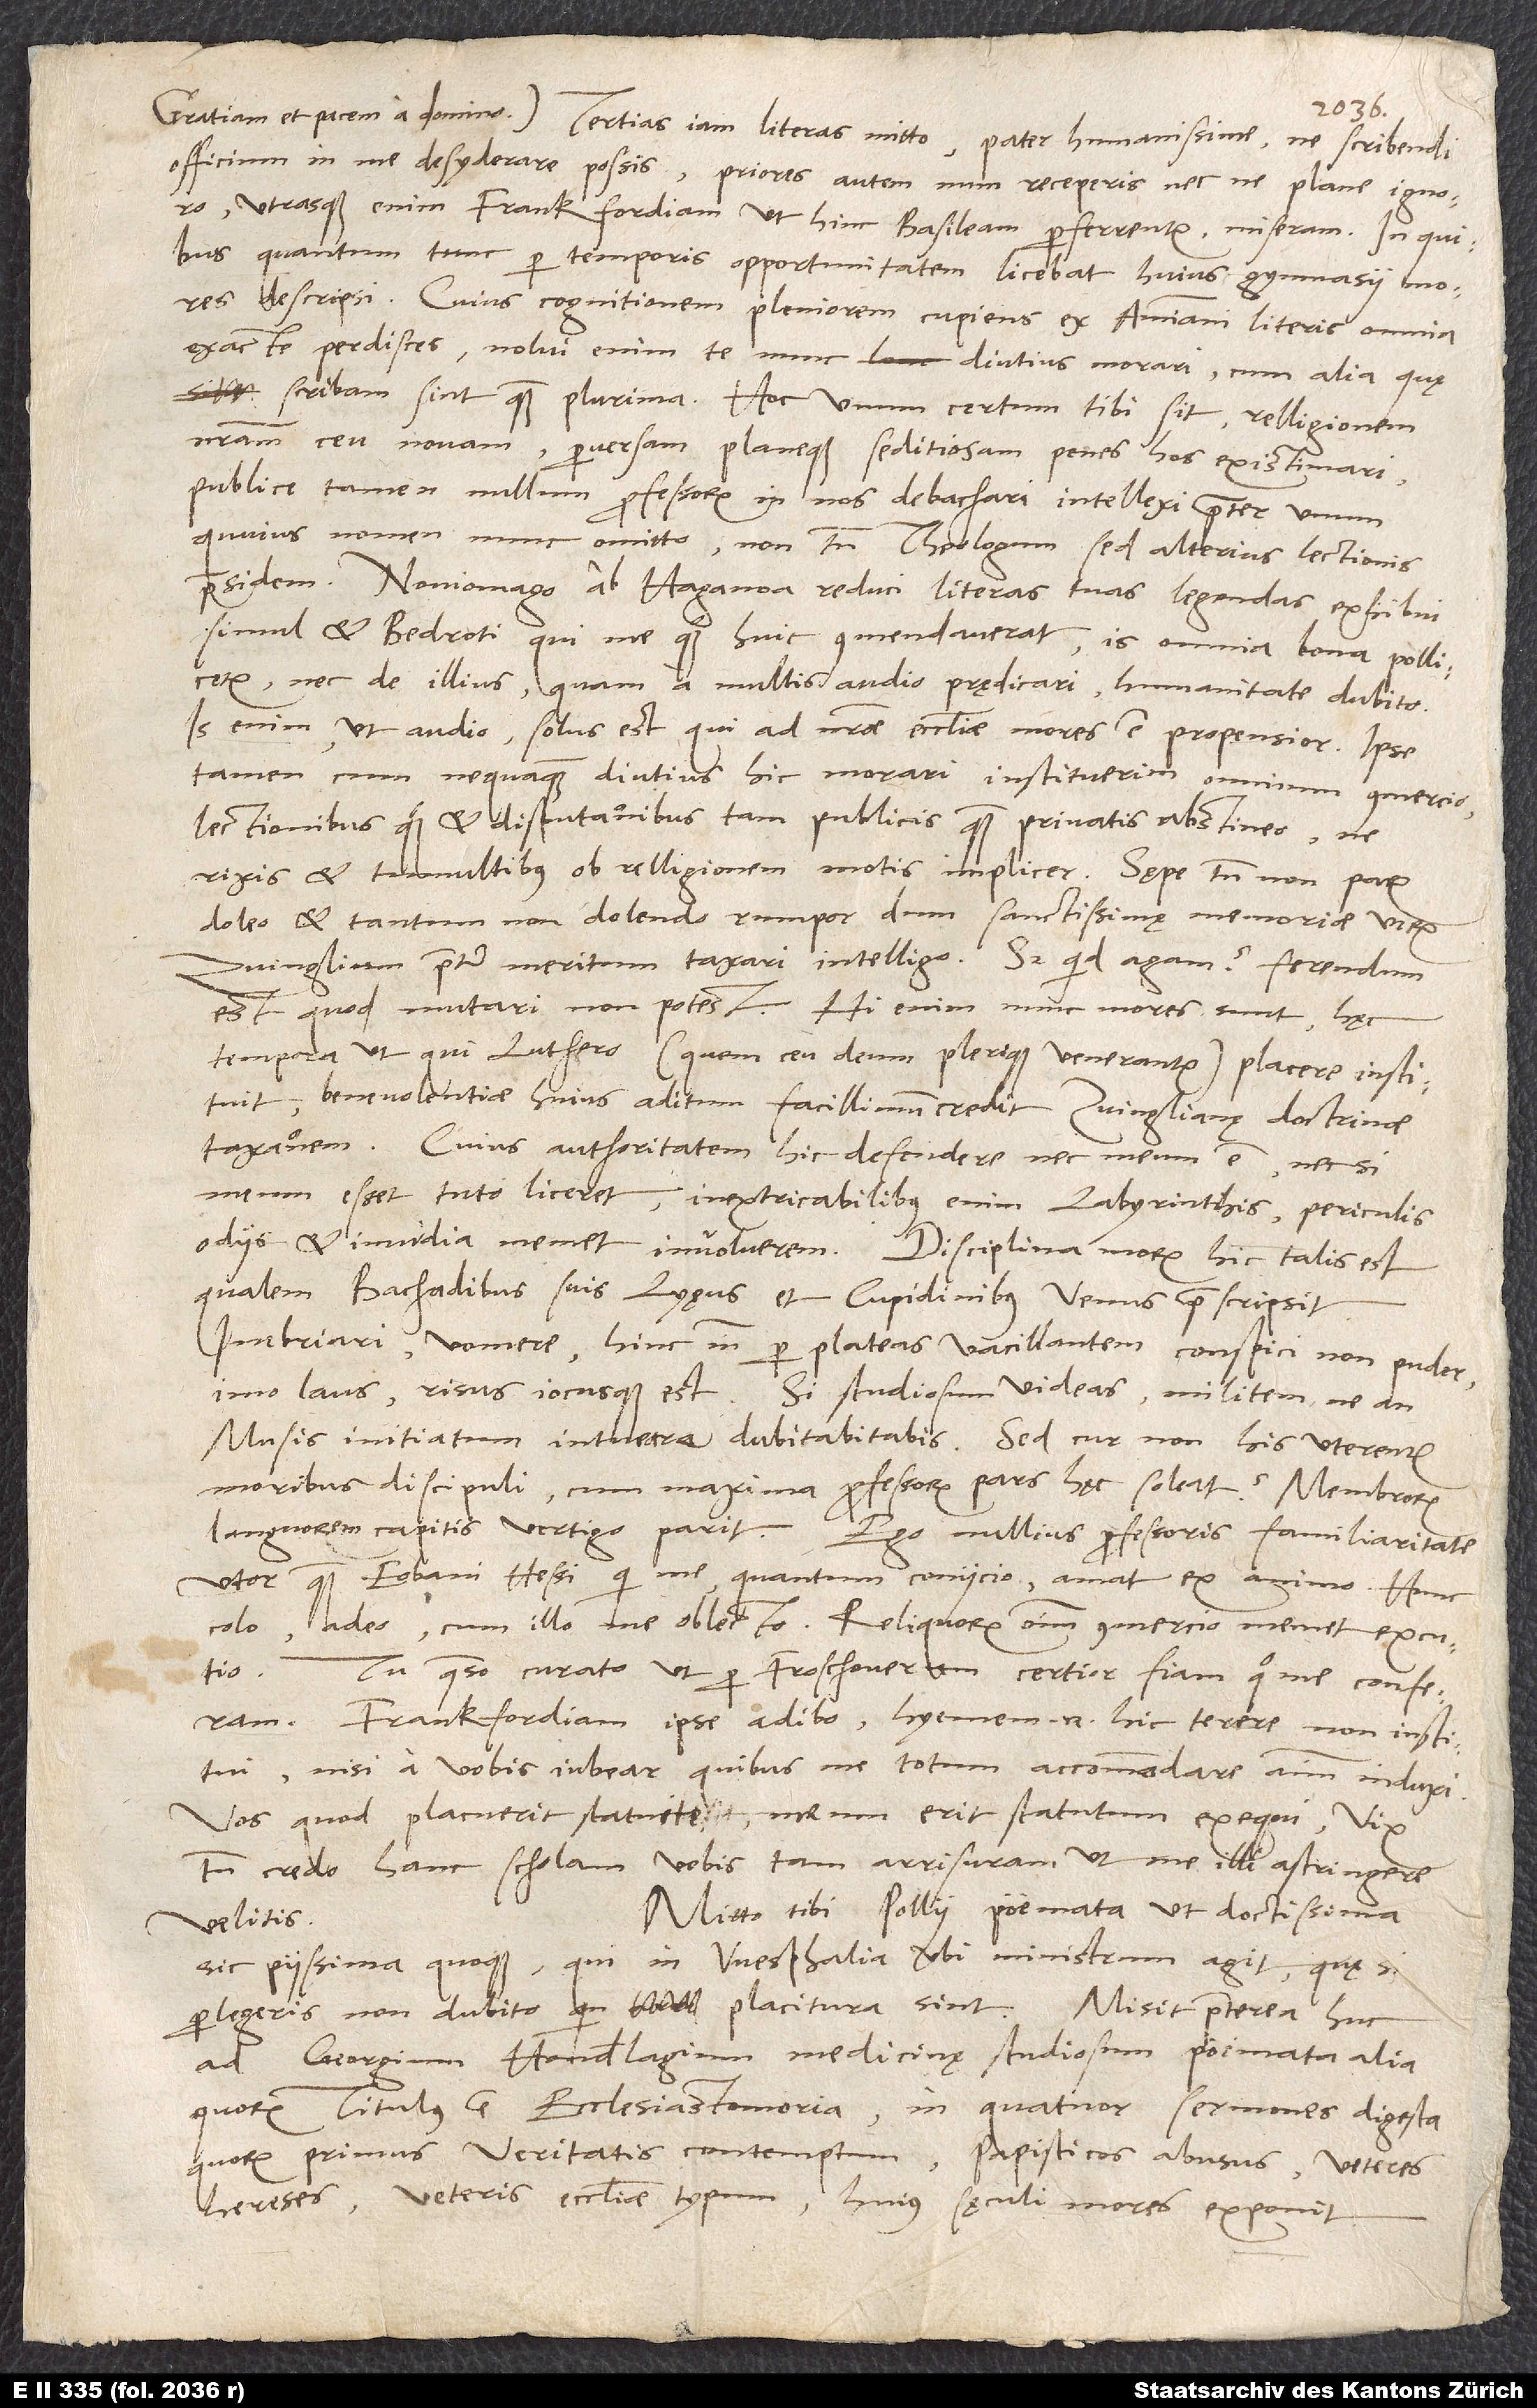
officium in me desyderare possis. Priores autem num receperis nec ne, plane ignoro;
utrasque enim Frankfordiam, ut hinc Basileam perferrentur, miseram. In quibus,
quantum tunc per temporis opportunitatem licebat, huius gymnasii mores
descripsi. Cuius cognitionem pleniorem cupiens ex Ammiani literis omnia
exacte perdisces; nolui enim te nunc diutius morari, cum alia, quę
nostram ceu novam, perversam planeque seditiosam penes hos existimari.
Publice tamen nullum professorum in nos debachari intellexi praeter unum,
quuius nomen nunc omitto, non tamen theologum, sed alterius lectionis
praesidem. Noviomago ab Haganoa reduci literas tuas legendas exhibui
simul et Bedroti, qui me quoque huic commendaverat; is omnia bona pollicetur,
nec de illius, quam a multis audio prędicari, humanitate dubito.
Is enim, ut audio, solus est, qui ad nostrae ecclesiae mores est propensior. Ipse
tamen, cum nequaquam diutius hic morari instituerim, omnium commercio,
lectionibus quoque et disputationibus tam publicis quam privatis abstineo, ne
rixis et tumultibus ob relligionem motis implicer. Sępe tamen non parum
doleo et tantum non dolendo rumpor, dum sanctissimę memoriae virum
Zvinglium praeter meritum taxari intelligo. Sed quid agam? Ferendum
est, quod mutari non potest. Hi enim nunc mores sunt, hęc
tempora, ut qui Luthero (quem ceu deum plerique venerantur) placere instituit,
benevolentiae huius aditum facillimum credit Zvinglianę doctrinae
taxationem. Cuius authoritatem hic defendere nec meum est nec, si
meum esset, tuto liceret; inextricabilibus enim labyrinthis, periculis,
qualem Bachadibus suis Lyęus et Cupidinibus Venus praescripsit:
Inebriari, vomere, hinc inde per plateas vacillantem conspici non pudet,
imo laus, risus iocusque est. Si studiosum videas, militem ne an
Musis initiatum intuearis dubitabis. Sed cur non his uterentur
moribus discipuli, cum maxima professorum pars hęc soleat?
languorem capitis vertigo parit. Ego nullius professoris familiaritate
utor quam Eobani Hessi, qui me, quantum coniicio, amat ex animo.
colo, adeo, cum illo me oblecto. Reliquorum omnium commercio memet excutio.
Tu, quaeso, curato, ut per Froschouerum certior fiam, quo me conferam.
Frankfordiam ipse adibo; hyemem enim hic terere non institui,
nisi a vobis iubear, quibus me totum accommodare animum induxi.
Vos, quod placuerit, statuite; meum erit statutum exequi. Vix
tamen credo hanc scholam vobis tam arrisuram, ut me illi astringere
Mitto tibi Pollii poemata ut doctissima
velitis.
sic piissima quoque, qui in Westphalia verbi ministrum agit, quę si
perlegeris, non dubito, quin placitura sint. Misit praeterea huc
ad Georgium Honderlagium, medicinę studiosum, poemata alia,
quorum titulus est Ecclesiastomoria, in quatuor sermones digesta,
quorum primus veritatis contemptum, papisticos abusus, veteres
hereses, veteris ecclesiae typum, huius sęculi mores exponit.